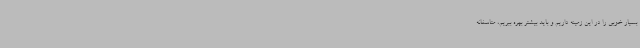
بسیار خوبی را در این زمینه‌ داریم و باید بیشتر بهره ببریم، متاسفانه